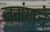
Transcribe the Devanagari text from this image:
जनांगाचे